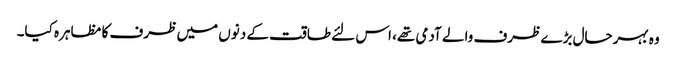
وہ بہرحال بڑے ظرف والے آدمی تھے، اس لئے طاقت کے دنوں میں ظرف کا مظاہرہ کیا۔